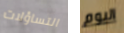
التساؤلات اليوم